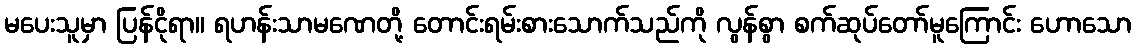
မပေးသူမှာ ပြန်ငိုရာ။ ရဟန်းသာမဏေတို့ တောင်းရမ်းစားသောက်သည်ကို လွန်စွာ စက်ဆုပ်တော်မူကြောင်း ဟောသော